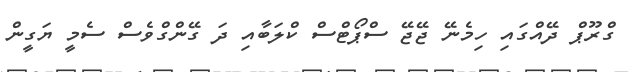
ގްރޫޕް ދޭއްގައި ހިިމެނޭ ޖޭޖޭ ސްޕޯޓްސް ކްލަބާއި ދަ ގޭންގްވެސް ސެމީ ޔަގީން